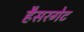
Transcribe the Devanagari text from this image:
हैसरगेट